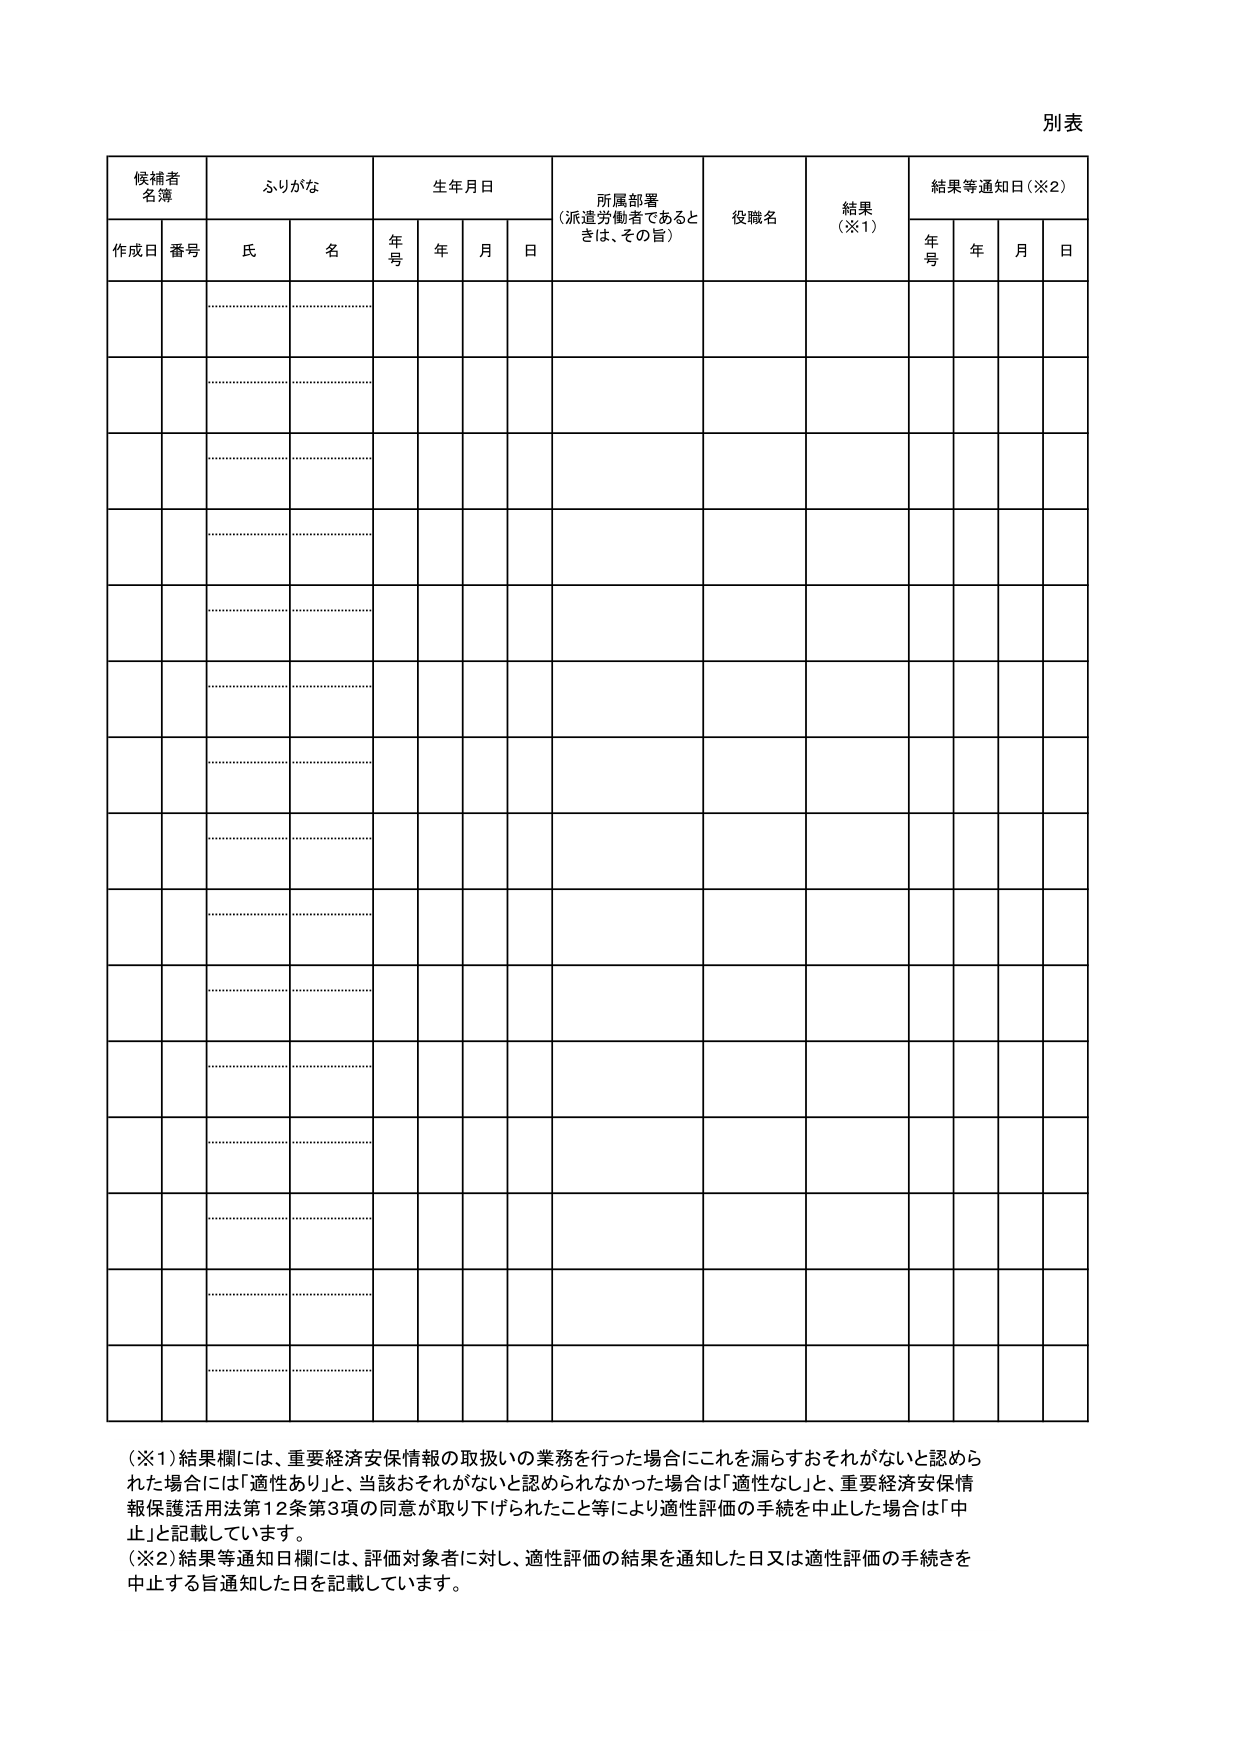
別表

候補者
名簿
ふりがな
生年月日
所属部署
（派遣労働者であるときは、その旨）
役職名
結果
（※1）
結果等通知日（※2）

作成日
番号
氏
名
年号
年
月
日
年号
年
月
日

（※1）結果欄には、重要経済安保情報の取扱いの業務を行った場合にこれを漏らすおそれがないと認められた場合には「適性あり」と、当該おそれがないと認められなかった場合は「適性なし」と、重要経済安保情報保護活用法第12条第3項の同意が取り下げられたこと等により適性評価の手続を中止した場合は「中止」と記載しています。
（※2）結果等通知日欄には、評価対象者に対し、適性評価の結果を通知した日又は適性評価の手続きを中止する旨通知した日を記載しています。